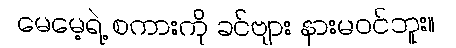
မေမေ့ရဲ့ စကားကို ခင်ဗျား နားမဝင်ဘူး။